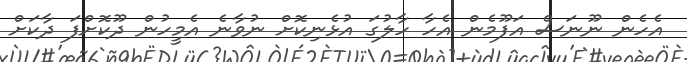
އެހެން ނޫނަސް އަފޫމެން އެހާ ހާލުގަ އުޅެނިކޮށް ނުވާނެ އެމީހުން ދޫކޮށްފަ ދާކަށް